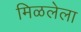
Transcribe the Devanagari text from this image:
मिळलेला